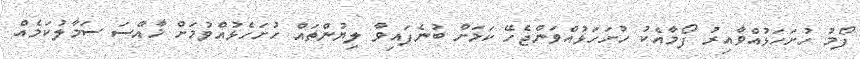
ފޯމު ހުށަހަޅުއްވާއިރު ފޯމާއެކު ހުށަހަޅުއްވަންޖެހޭ ކަމަށް ބުނެފައިވާ ލިޔުންތައް ހުށަހެޅުއްވުމަށް ޚާއްސަ ސަމާލުކަމެއް